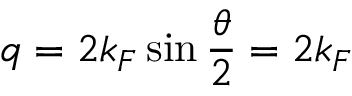
q = 2 k _ { F } \sin \frac { \theta } { 2 } = 2 k _ { F }